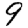
Digit: 9